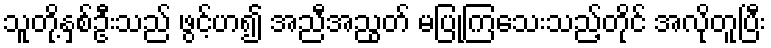
သူတို့နှစ်ဦးသည် ဖွင့်ဟ၍ အညီအညွတ် မပြုကြသေးသည့်တိုင် အလိုတူပြီး